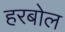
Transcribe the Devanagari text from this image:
हरबोल